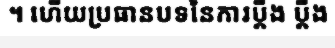
។ ហើយប្រធានបទនៃការប្តឹង ប្តឹង